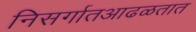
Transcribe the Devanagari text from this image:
निसर्गातआढळतात